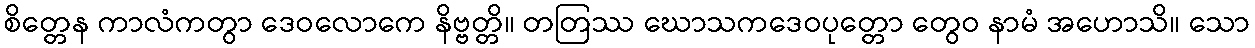
စိတ္တေန ကာလံကတွာ ဒေဝလောကေ နိဗ္ဗတ္တိ။ တတြဿ ဃောသကဒေဝပုတ္တော တွေဝ နာမံ အဟောသိ။ သော